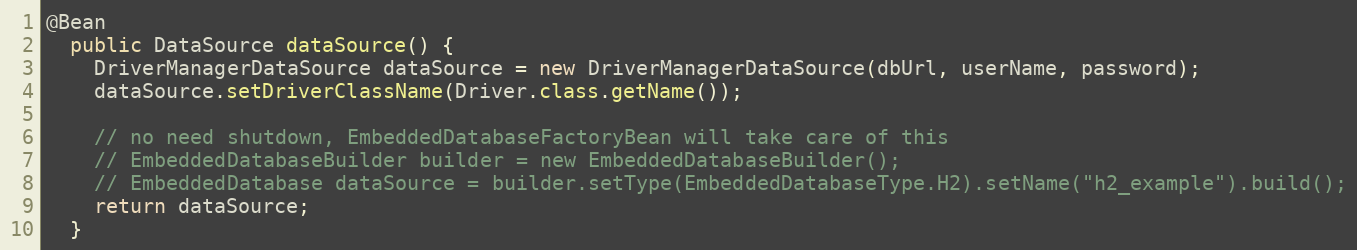
Language: Java
@Bean
  public DataSource dataSource() {
    DriverManagerDataSource dataSource = new DriverManagerDataSource(dbUrl, userName, password);
    dataSource.setDriverClassName(Driver.class.getName());

    // no need shutdown, EmbeddedDatabaseFactoryBean will take care of this
    // EmbeddedDatabaseBuilder builder = new EmbeddedDatabaseBuilder();
    // EmbeddedDatabase dataSource = builder.setType(EmbeddedDatabaseType.H2).setName("h2_example").build();
    return dataSource;
  }